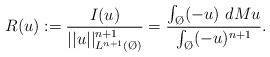
LaTeX: \begin{align*}R(u) := \frac{I(u)}{||u||^{n+1}_{L^{n+1}(\O)}} = \frac{\int_{\O} (-u) \ d Mu}{\int_{\O} (-u)^{n+1}}.\end{align*}